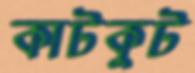
কাটকুট